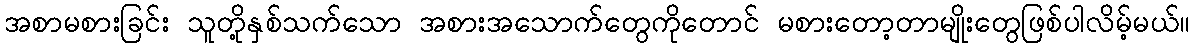
အစာမစားခြင်း သူတို့နှစ်သက်သော အစားအသောက်တွေကိုတောင် မစားတော့တာမျိုးတွေဖြစ်ပါလိမ့်မယ်။